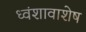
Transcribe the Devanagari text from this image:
ध्वंशावाशेष